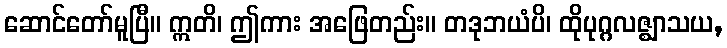
ဆောင်တော်မူပြီ။ ဣတိ၊ ဤကား အဖြေတည်း။ တဒုဘယံပိ၊ ထိုပုဂ္ဂလဇ္ဈာသယ,